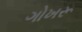
ગોખરૂ